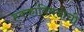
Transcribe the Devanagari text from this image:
हक्कांविषयीची